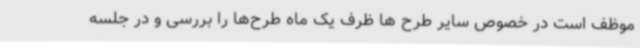
موظف است در خصوص سایر طرح ها ظرف یک ماه طرح‌ها را بررسی و در جلسه